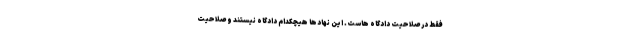
فقط در صلاحیت دادگاه هاست. این نهادها هیچکدام دادگاه نیستند و صلاحیت